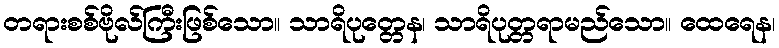
တရားစစ်ဗိုလ်ကြီးဖြစ်သော။ သာရိပုတ္တေန၊ သာရိပုတ္တရာမည်သော။ ထေရေန၊